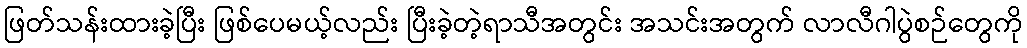
ဖြတ်သန်းထားခဲ့ပြီး ဖြစ်ပေမယ့်လည်း ပြီးခဲ့တဲ့ရာသီအတွင်း အသင်းအတွက် လာလီဂါပွဲစဉ်တွေကို